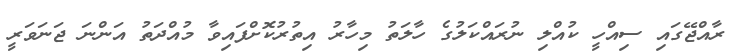
ރާއްޖޭގައި ސިއްހީ ކުއްލި ނުރައްކަލުގެ ހާލަތު މިހާރު އިތުރުކޮށްފައިވާ މުއްދަތު އަންނަ ޖަނަވަރީ